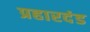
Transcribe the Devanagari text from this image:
प्रहारदंड